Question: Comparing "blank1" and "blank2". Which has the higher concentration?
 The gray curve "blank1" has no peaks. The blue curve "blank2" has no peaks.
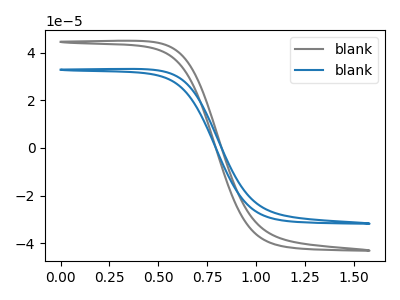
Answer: <think>Neither "blank1" or "blank2" have any peaks.
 </think>
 <answer>I cant tell if "blank1" or "blank2" has higher concentration.</answer>
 <eval>mixed_concentration</eval>